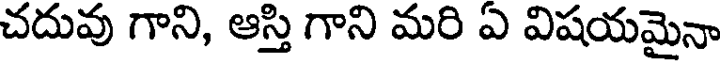
చదువు గాని, ఆస్తి గాని మరి ఏ విషయమైనా